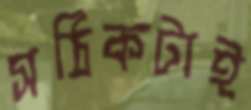
সঠিকটাই